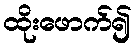
ထိုးဖောက်၍